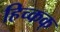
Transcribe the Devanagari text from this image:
हिच्कक्